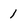
Character: 1